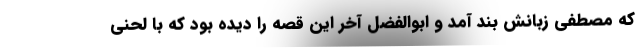
که مصطفی زبانش بند آمد و ابوالفضل آخرِ این قصه را دیده بود که با لحنی